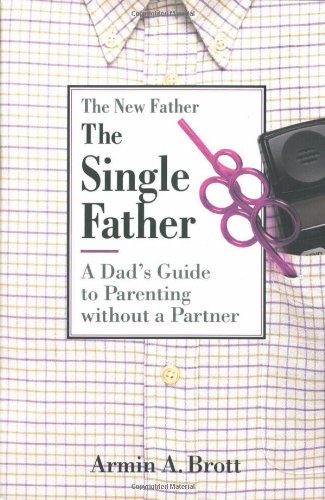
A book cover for The Single Father: A Dad's Guide to Parenting Without a Partner (New Father Series); Armin A. Brott; Parenting & Relationships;